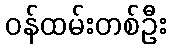
ဝန်ထမ်းတစ်ဦး